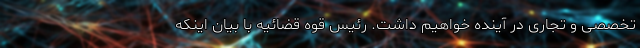
تخصصی و تجاری در آینده خواهیم داشت. رئیس قوه قضائیه با بیان اینکه